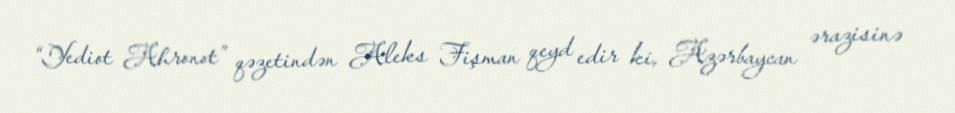
“Yediot Ahronot” qəzetindən Aleks Fişman qeyd edir ki, Azərbaycan ərazisinə